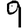
Digit: 9